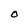
Character: O